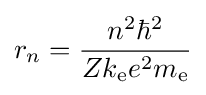
r_{n}={\frac {n^{2}\hbar ^{2}}{Zk_{\mathrm {e} }e^{2}m_{\mathrm {e} }}}